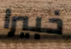
خبيرا